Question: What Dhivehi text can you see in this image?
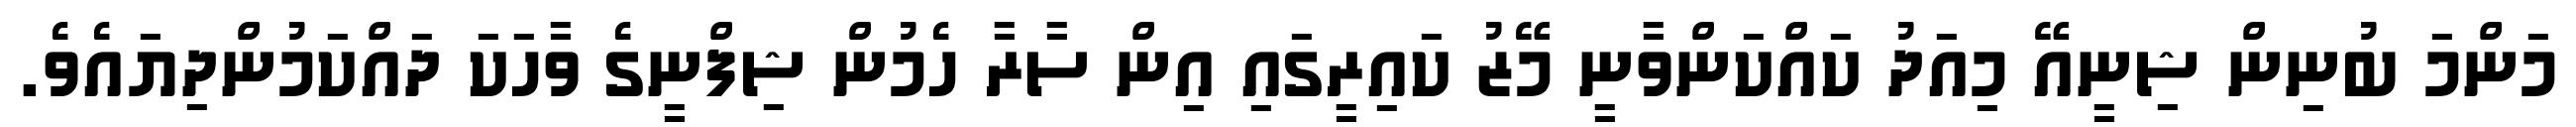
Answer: މަންމަ ބުނިން ޝިނީއޭ މިއަދު ކައްކަންވާނީ މޭޒު ކައިރީގައި އިން ސާރާ ހެމުން ޝިފްނީގެ ވާހަކަ ދައްކަމުންދިޔައެވެ.